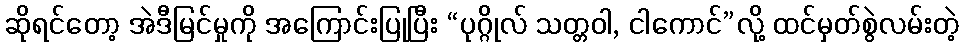
ဆိုရင်တော့ အဲဒီမြင်မှုကို အကြောင်းပြုပြီး “ပုဂ္ဂိုလ် သတ္တဝါ, ငါကောင်”လို့ ထင်မှတ်စွဲလမ်းတဲ့